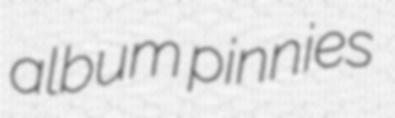
album pinnies